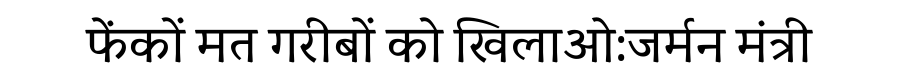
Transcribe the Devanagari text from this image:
फेंकों मत गरीबों को खिलाओ:जर्मन मंत्री